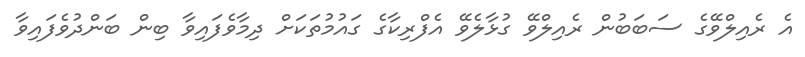
އެ ރެއިލްވޭގެ ސަބަބުން ރެއިލްވޭ ގުޅާލެވޭ އެފްރިކާގެ ގައުމުތަކަށް ދިމާވެފައިވާ ބިން ބަންދުވެފައިވާ